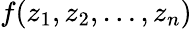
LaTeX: f(z_{1},z_{2},\ldots,z_{n})